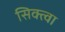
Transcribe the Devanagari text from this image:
सिक्त्वा